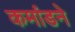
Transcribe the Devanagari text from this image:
कमांडने